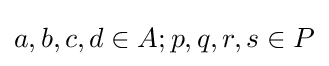
a,b,c,d\in A;p,q,r,s\in P